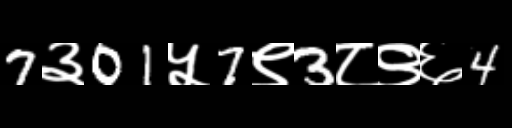
Text: 7३01५7९3८९६4